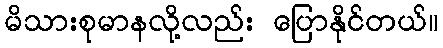
မိသားစုမာနလို့လည်း ပြောနိုင်တယ်။